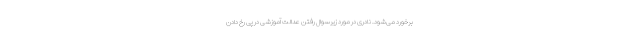
برخورد می‌شود. نادری در مورد زیرسوال رفتن عدالت آموزشی در پی رخ دادن